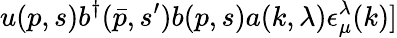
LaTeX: u(p,s)b^{\dagger}(\bar{p},s^{\prime})b(p,s)a(k,\lambda)\epsilon_{\mu}^{\lambda}(k)]